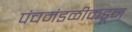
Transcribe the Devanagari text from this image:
पंचमंडळीकडून